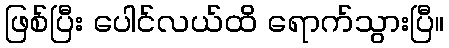
ဖြစ်ပြီး ပေါင်လယ်ထိ ရောက်သွားပြီ။